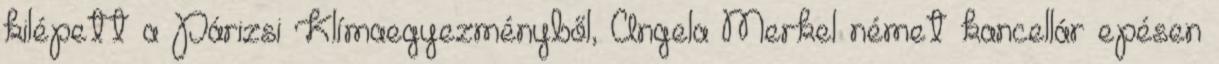
kilépett a Párizsi Klímaegyezményből, Angela Merkel német kancellár epésen